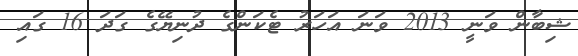
ޝިބާން ވަނީ 2013 ވަނަ އަހަރު ޓެކަންގެ ދުނިޔޭގެ ގަދަ 16 ގައި